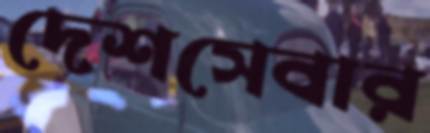
দেশসেবার